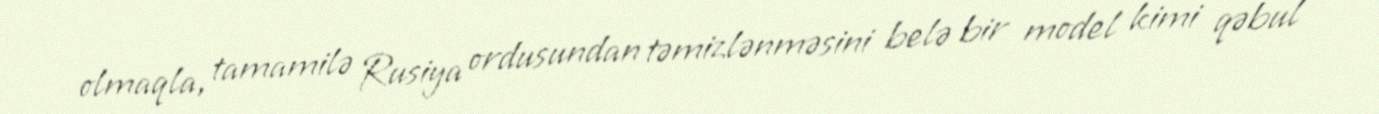
olmaqla, tamamilə Rusiya ordusundan təmizlənməsini belə bir model kimi qəbul